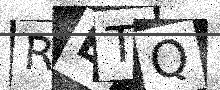
Text: RETQ